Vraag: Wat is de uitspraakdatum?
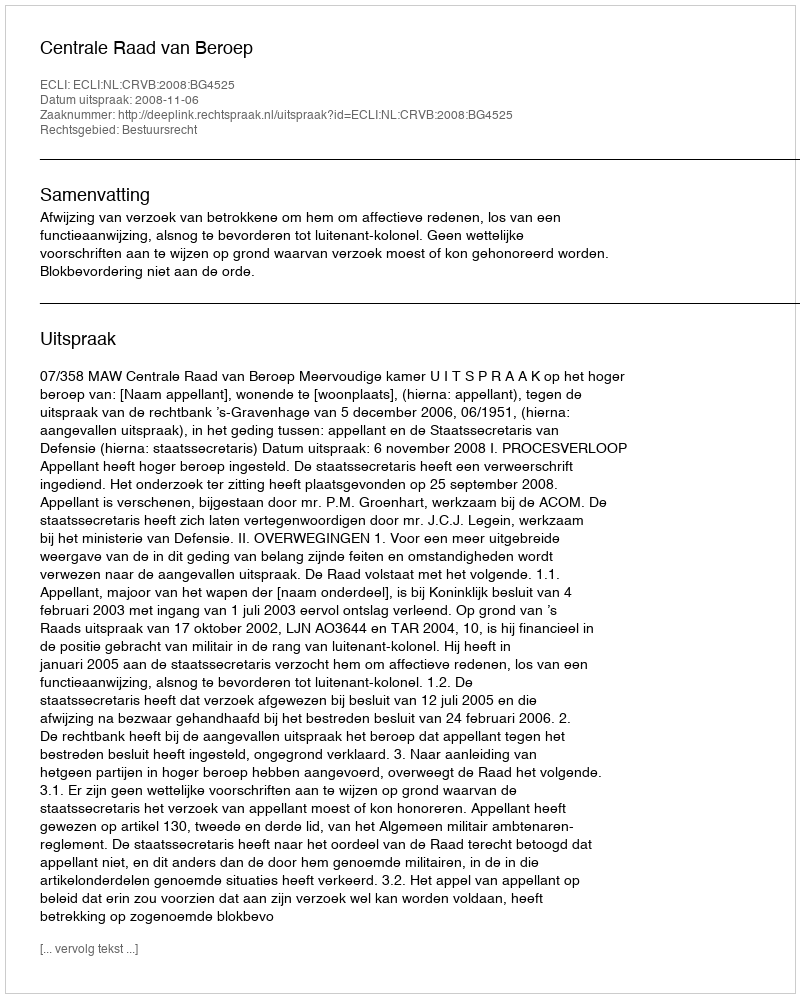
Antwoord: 2008-11-06